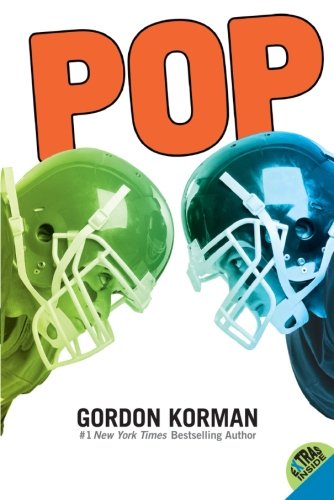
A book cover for Pop; Gordon Korman; Teen & Young Adult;